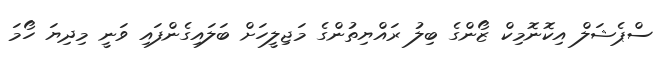
ސްޕެޝަލް އިކޮނޮމިކް ޒޯންގެ ބިލު ރައްޔިތުންގެ މަޖިލީހަށް ބަލައިގެންފައި ވަނީ މިދިޔަ ހޯމަ